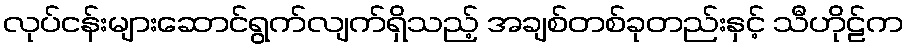
လုပ်ငန်းများဆောင်ရွက်လျက်ရှိသည့် အချစ်တစ်ခုတည်းနှင့် သီဟိုဠ်က